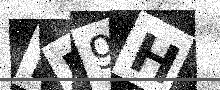
Text: NL9H